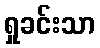
ရှုခင်းသာ